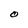
Character: O